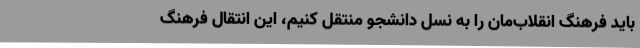
باید فرهنگ انقلاب‌مان را به نسل دانشجو منتقل کنیم، این انتقال فرهنگ